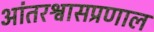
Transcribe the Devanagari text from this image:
आंतरश्वासप्रणाल